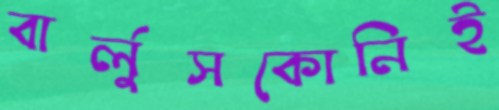
বার্লুসকোনিই